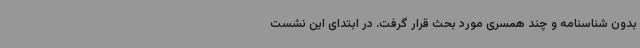
بدون شناسنامه و چند همسری مورد بحث قرار گرفت. در ابتدای این نشست